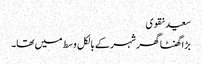
سعید نقوی
بڑا گھنٹا گھر شہر کے بالکل وسط میں تھا۔